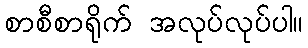
စာစီစာရိုက် အလုပ်လုပ်ပါ။